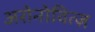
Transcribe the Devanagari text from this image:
अरोनोवित्ज़